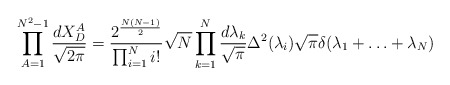
\begin{align*}\prod_{A=1}^{N^2-1} \frac{d X^A_D}{\sqrt{2 \pi}}=\frac{2^{\frac{N(N-1)}{2}}}{\prod_{i=1}^{N} i!} \sqrt{N}\prod_{k=1}^{N} \frac{d \lambda_k}{\sqrt{\pi}} \Delta^2(\lambda_i)\sqrt{\pi} \delta(\lambda_1+ \ldots + \lambda_N)\end{align*}